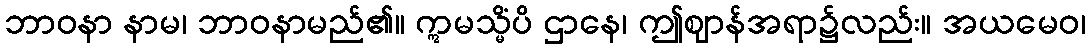
ဘာဝနာ နာမ၊ ဘာဝနာမည်၏။ ဣမသ္မိံပိ ဌာနေ၊ ဤဈာန်အရာ၌လည်း။ အယမေဝ၊